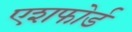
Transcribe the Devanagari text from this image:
एशफोर्ड